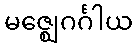
မဇ္ဈေဂင်္ဂါယ